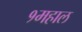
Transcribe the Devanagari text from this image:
१महाल